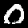
Label: 0